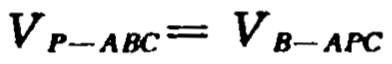
\(V_{P - ABC}=V_{B - APC}\)